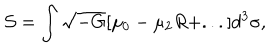
LaTeX: { \cal S } = \int \sqrt { - G } [ \mu _ { 0 } - \mu _ { 2 } R + . . . ] d ^ { 3 } \sigma ,